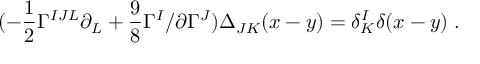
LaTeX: ( - { \frac { 1 } { 2 } } \Gamma ^ { I J L } \partial _ { L } + { \frac { 9 } { 8 } } \Gamma ^ { I } \slash { \partial } \Gamma ^ { J } ) \Delta _ { J K } ( x - y ) = \delta _ { K } ^ { I } \delta ( x - y ) \; .